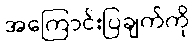
အကြောင်းပြချက်ကို